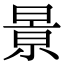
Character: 㬌